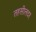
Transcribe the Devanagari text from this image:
तहसीलदर